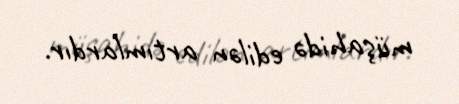
müşahidə edilən artımlardır.